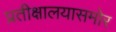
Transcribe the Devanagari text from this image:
प्रतीक्षालयासमोर